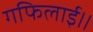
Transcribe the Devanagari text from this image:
गफिलाई॥